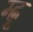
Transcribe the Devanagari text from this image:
म्ह्णू